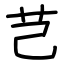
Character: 芑